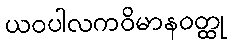
ယဝပါလကဝိမာနဝတ္ထု